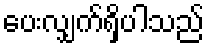
ပေးလျှက်ရှိပါသည်